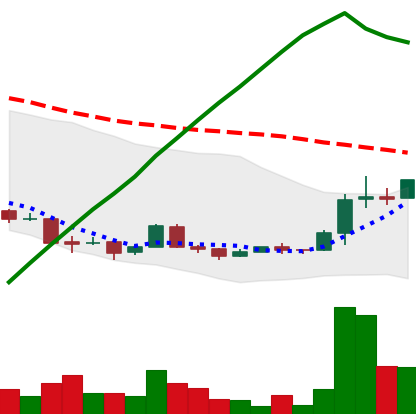
Ticker: XRP-USD
Chart end date: 2018-04-15
Forward return: 35.446%
Label: up_7plus